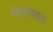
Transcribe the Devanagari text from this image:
विकोणमान।